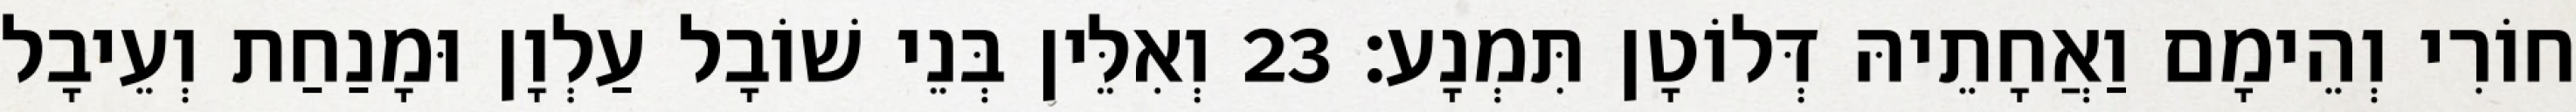
חוֹרִי וְהֵימָם וַאֲחָתֵיהּ דְּלוֹטָן תִּמְנָע׃ 23 וְאִלֵּין בְּנֵי שׁוֹבָל עַלְוָן וּמָנַחַת וְעֵיבָל